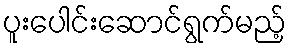
ပူးပေါင်းဆောင်ရွက်မည့်